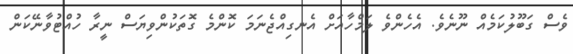
ވެސް ގަބޫލުކަމެއް ނޫނެވެ. އެހެންވެ ލަމްހާއަށް އެނގިއްޖެނަމަ ކޮންމެ ގޮތަކުންވިޔަސް ނީރާ ހުއްޓުވާނޭކަން